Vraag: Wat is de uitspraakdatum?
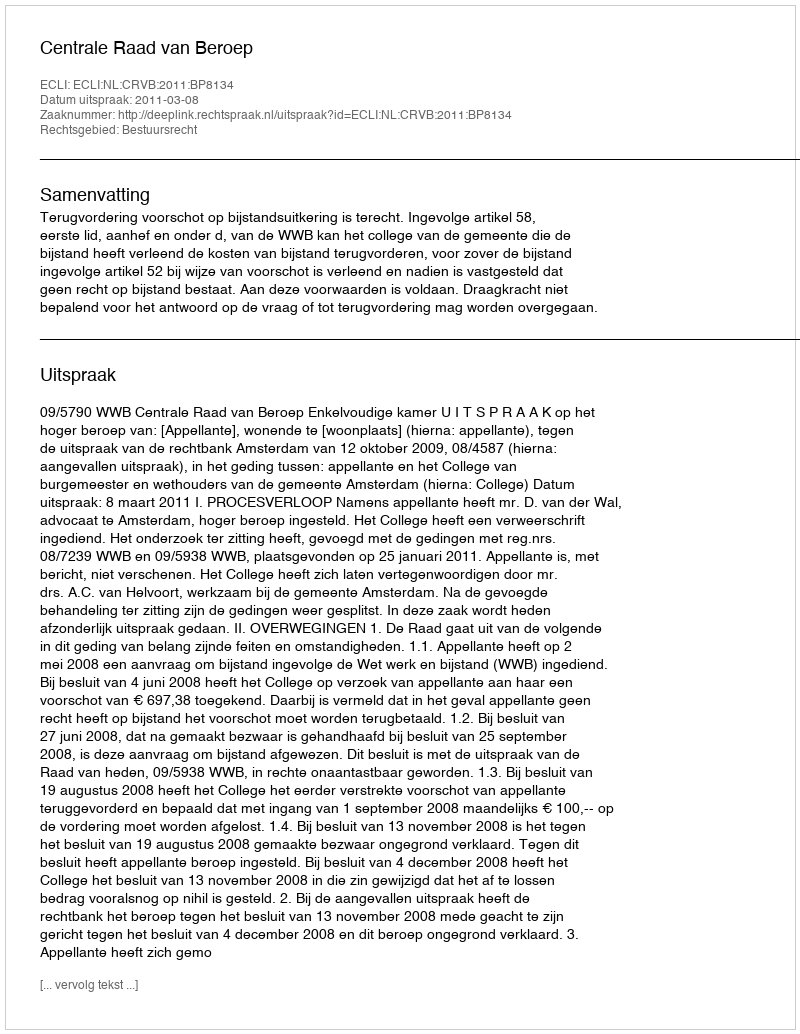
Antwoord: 2011-03-08